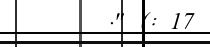
." (: 17